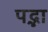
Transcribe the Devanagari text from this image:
पद्भा